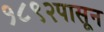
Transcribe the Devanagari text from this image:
१८९२पासून